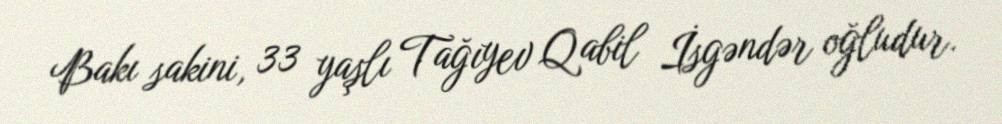
Bakı sakini, 33 yaşlı Tağıyev Qabil İsgəndər oğludur.